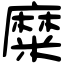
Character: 糜